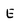
Character: e